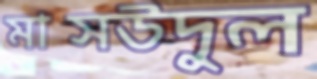
মাসউদুল